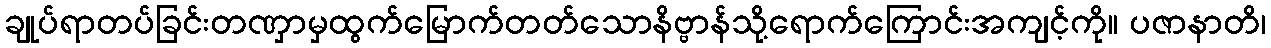
ချုပ်ရာတပ်ခြင်းတဏှာမှထွက်မြောက်တတ်သောနိဗ္ဗာန်သို့ရောက်ကြောင်းအကျင့်ကို။ ပဇာနာတိ၊